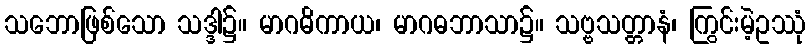
သဘောဖြစ်သော သဒ္ဒါ၌။ မာဂဓိကာယ၊ မာဂဓဘာသာ၌။ သဗ္ဗသတ္တာနံ၊ ကြွင်းမဲ့ဥဿုံ